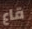
قاع